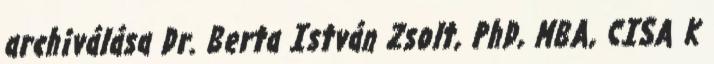
archiválása Dr. Berta István Zsolt, PhD, MBA, CISA K